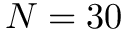
N = 3 0